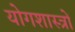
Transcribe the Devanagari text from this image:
योगशास्त्रों